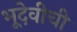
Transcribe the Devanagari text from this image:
भूदेवीची